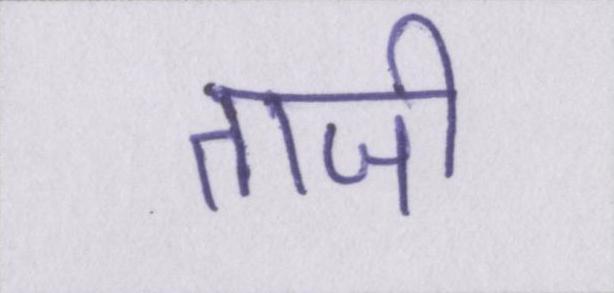
ताजी